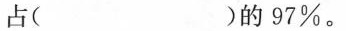
占( )的97%。